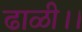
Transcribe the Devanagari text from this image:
ढाळी।।